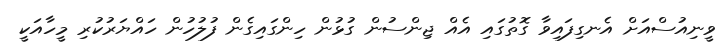
ވީނިއުސްއަށް އެނގިފައިވާ ގޮތުގައި އެއް ޖިންސުން ގުޅުން ހިންގައިގެން ފުލުހުން ހައްޔަރުކުރި މީހާއަކީ